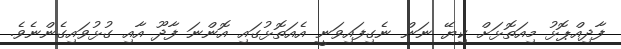
ފާދިއްޕޮޅު މިއަތޮޅަށް ކިޔޭ ނަން ނެގިފައިވަނީ އެއަތޮޅުގައި އޮންނަ ފާދޫ އާއި ގުޅުވައިގެންނެވެ.